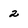
Character: 2